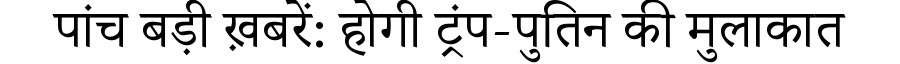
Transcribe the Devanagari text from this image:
पांच बड़ी ख़बरें: होगी ट्रंप-पुतिन की मुलाकात